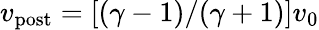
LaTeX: v_{\mathrm{post}}=[(\gamma-1)/(\gamma+1)]v_{0}